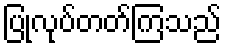
ပြုလုပ်တတ်ကြသည်